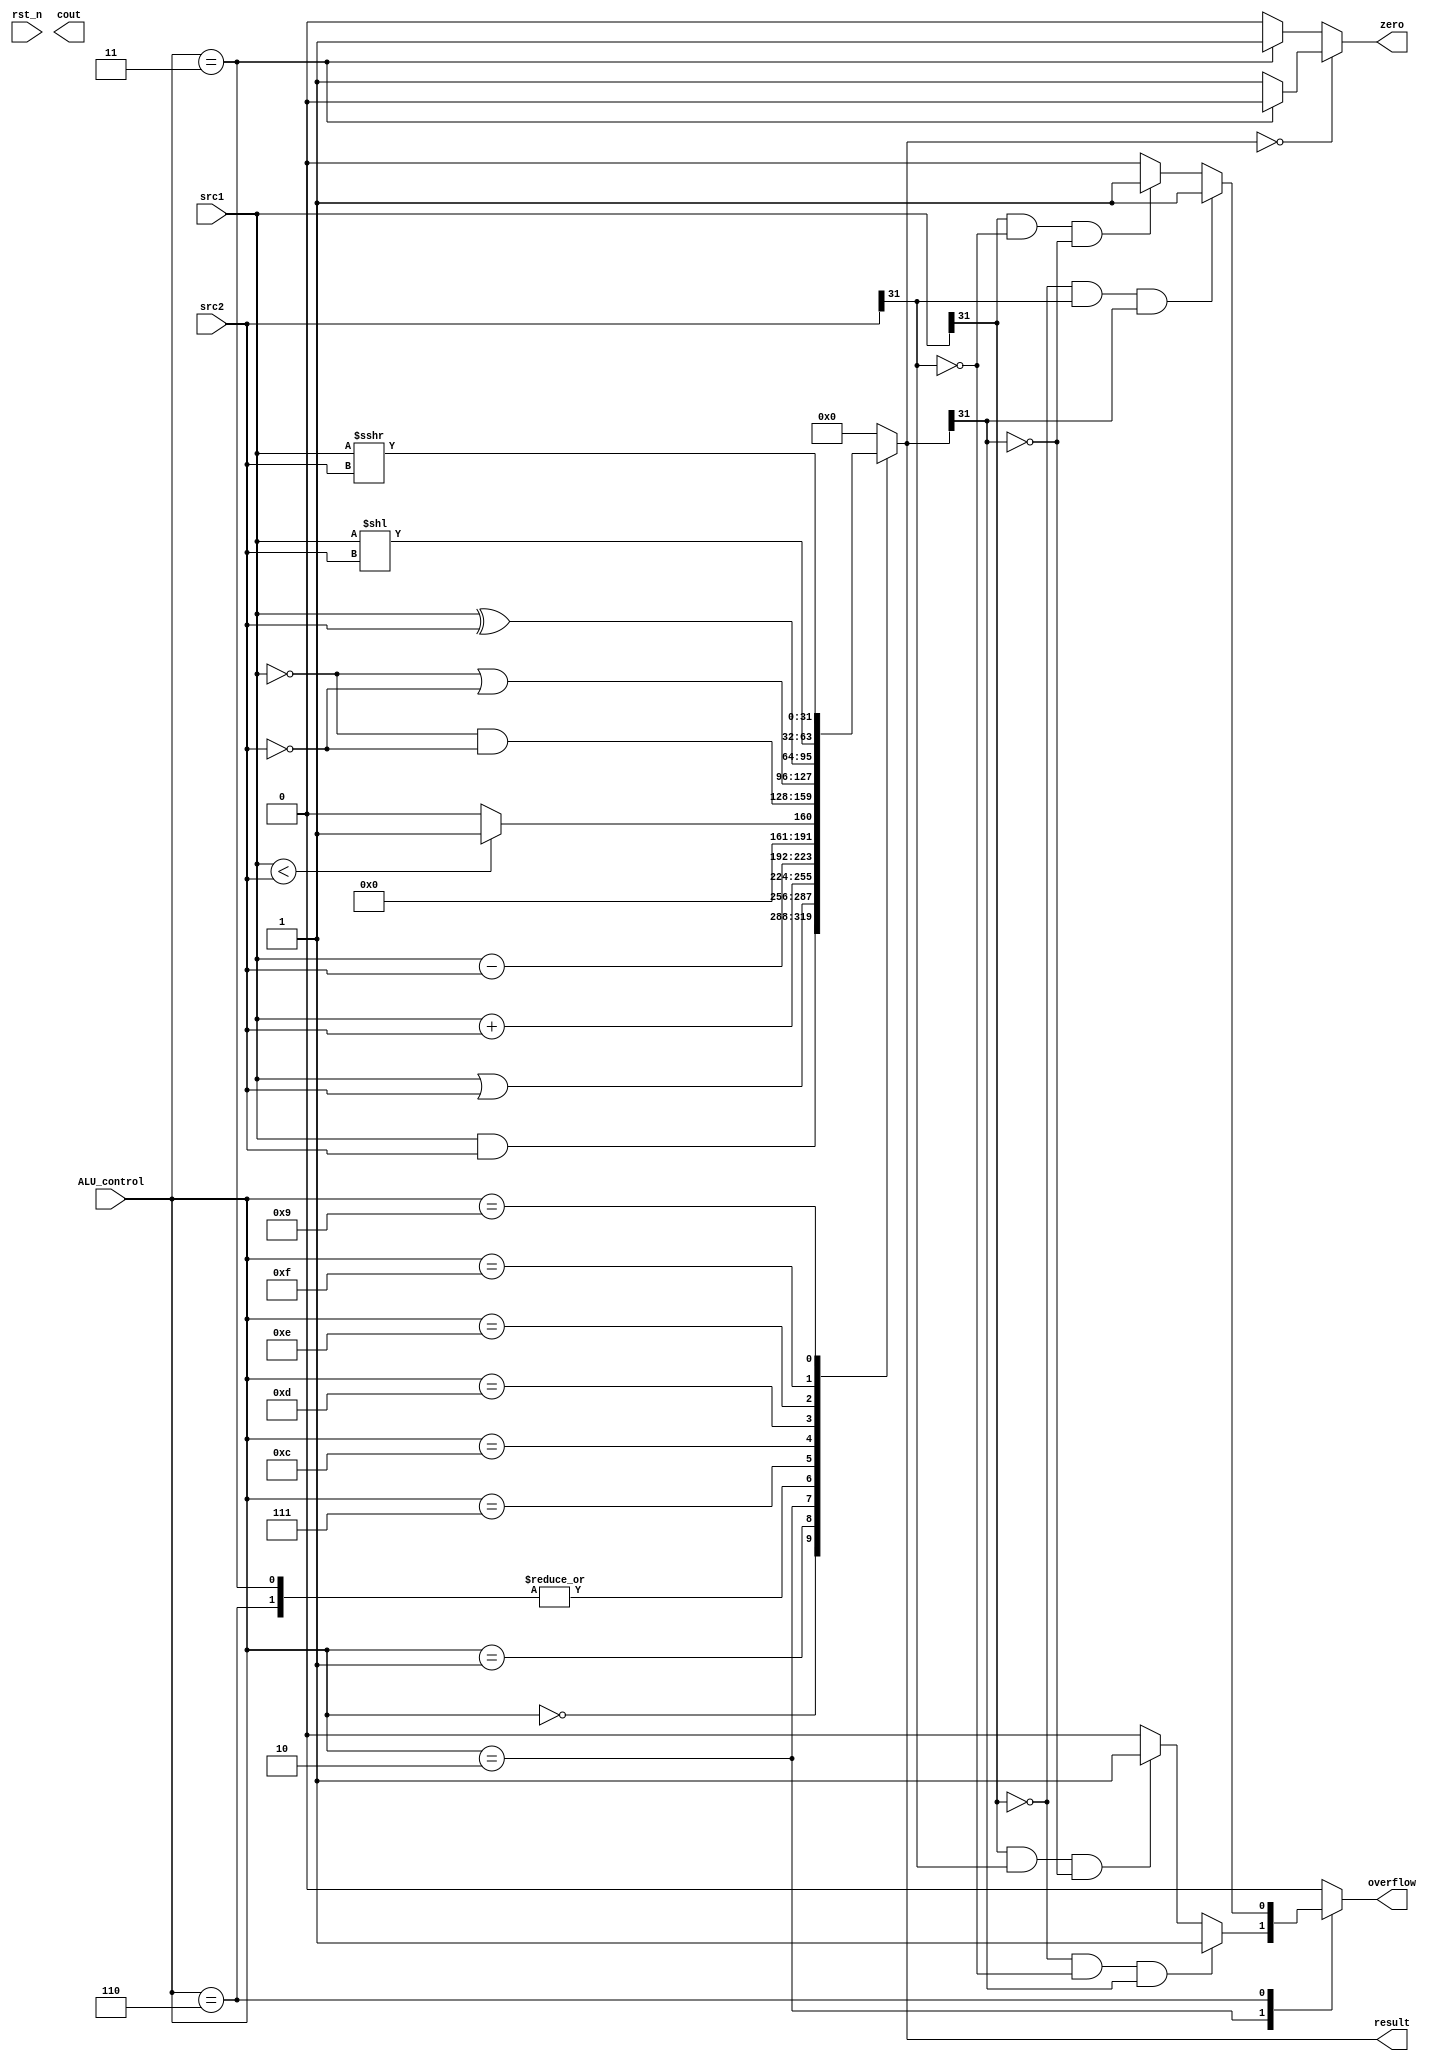
/***************************************************
Student Name:
Student ID:
***************************************************/
`timescale 1ns/1ps

module alu(
	input                   rst_n,         // negative reset            (input)
	input	 signed [32-1:0]	src1,          // 32 bits source 1          (input)
	input	 signed [32-1:0]	src2,          // 32 bits source 2          (input)
	input 	     [ 4-1:0] 	ALU_control,   // 4 bits ALU control input  (input)
	output reg   [32-1:0]	result,        // 32 bits result            (output)
	output reg              zero,          // 1 bit when the output is 0, zero must be set (output)
	output reg              cout,          // 1 bit carry out           (output)
	output reg              overflow       // 1 bit overflow            (output)
	);

/* Write your code HERE */
always@(*)begin
  case (ALU_control)
    4'b0000: begin result = src1 & src2; end  //1h'0, and

    4'b0001: begin result = src1 | src2; end  //1h'1, or

    4'b0010: begin  result = src1 + src2; end //1'h2, add

    4'b0011: begin  result = src1 - src2; end //bne

    4'b0110: begin  result = src1 - src2; end  //1'h6, sub

    4'b0111: begin  result = (src1 < src2) ? 1 : 0; end //1'h7, SLT

    4'b1100: begin  result = ~src1 & ~src2; end  //1'hc, NOR 

    4'b1101: begin  result = ~src1 | ~src2; end  //1'hd, NAND

    4'b1110: begin  result = src1 ^ src2; end   //1'he,  XOR

    4'b1111: begin  result = src1 << src2; end  //1'hf,  shift left n-bit

    4'b1001: begin  result = src1 >>> src2; end //1'h9,  shift right arithmetic
    
    default: begin  result = 32'b0; end
  endcase
end

always@ (result)begin
  if(result==0) 
    if(ALU_control==4'b0011) zero = 0; //bne -> result=0 
    else zero = 1;
  else
    if(ALU_control==4'b0011) zero = 1; //bne -> result=1
    else zero =0;
  case (ALU_control)
    4'b0010: begin //add 
      if(src1[31]==0 && src2[31]==0 && result[31]==1) overflow = 1;
      else if(src1[31]==1 && src2[31]==1 &&result[31]==0) overflow = 1;
      else overflow = 0;
      end

    4'b0110: begin //sub
      if(src1[31]==0 && src2[31]==1 && result[31]==1) overflow = 1;
      else if(src1[31]==1 && src2[31]==0 && result[31]==0) overflow = 1;
      else overflow = 0; 
      end

    default: begin overflow = 0; end
  endcase
end
 
endmodule